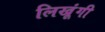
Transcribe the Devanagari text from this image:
लिखूंगी